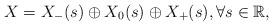
LaTeX: \begin{align*} X = X_{-}(s) \oplus X_0(s) \oplus X_{+}(s), \forall s \in \mathbb{R}, \end{align*}